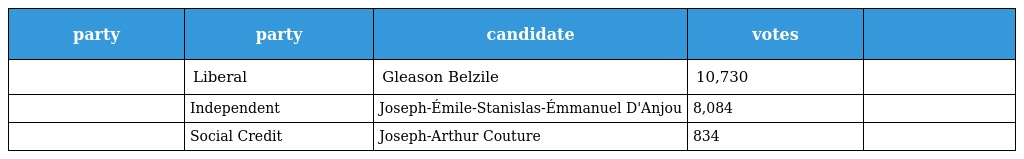
| party | party | candidate | votes |  |
 | --- | --- | --- | --- | --- |
 |  | Liberal | Gleason Belzile | 10,730 |  |
 |  | Independent | Joseph-Émile-Stanislas-Émmanuel D'Anjou | 8,084 |  |
 |  | Social Credit | Joseph-Arthur Couture | 834 |  |